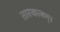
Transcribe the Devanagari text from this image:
तारकत्वम्।